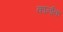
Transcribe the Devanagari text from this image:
कार्नाक